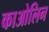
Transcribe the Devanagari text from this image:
काओलिन